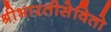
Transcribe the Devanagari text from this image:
श्रीभारतीसेवितो